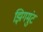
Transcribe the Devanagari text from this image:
झिगमुंट